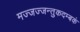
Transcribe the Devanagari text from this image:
मज्जज्जन्तुकदम्बकं